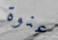
عنوة